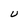
Character: U